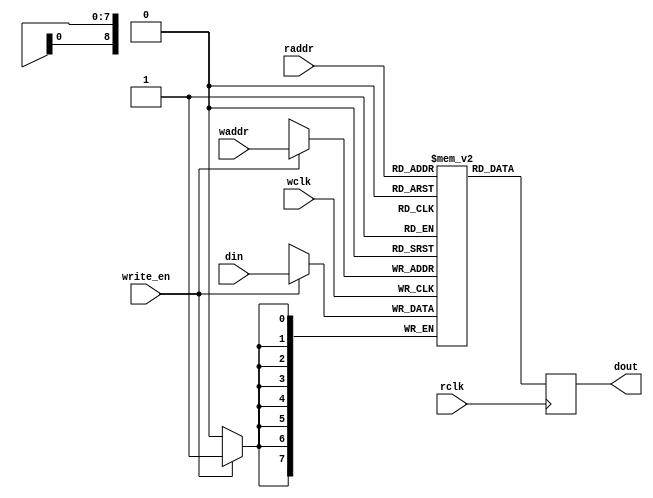
// Using the verilog reference code from Lattice
// This should synthesize to internal BRAM
module ram #(parameter addr_width=9, parameter data_width=8)(din, write_en, waddr, wclk, raddr, rclk, dout);  //Default is 512x8
    input [addr_width-1:0] waddr, raddr;
    input [data_width-1:0] din;
    input write_en, wclk, rclk;
    output reg [data_width-1:0] dout;
    reg [data_width-1:0] mem [(1<<addr_width)-1:0];

    always @(posedge wclk) begin
        if (write_en) mem[waddr] <= din;
    end

    always @(posedge rclk) begin
        dout <= mem[raddr];
    end
endmodule